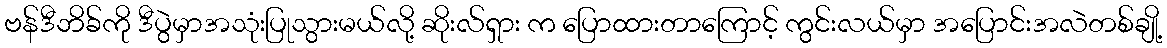
ဗန်ဒီဘိခ်ကို ဒီပွဲမှာအသုံးပြုသွားမယ်လို့ ဆိုးလ်ရှား က ပြောထားတာကြောင့် ကွင်းလယ်မှာ အပြောင်းအလဲတစ်ချို့